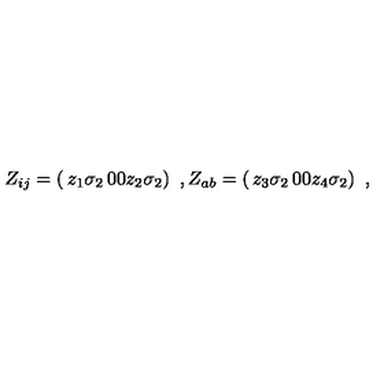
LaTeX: Z _ { i j } = \left( \begin{matrix} { z _ { 1 } \sigma _ { 2 } } & { 0 } \\ { 0 } & { z _ { 2 } \sigma _ { 2 } } \\ \end{matrix} \right) \ , Z _ { a b } = \left( \begin{matrix} { z _ { 3 } \sigma _ { 2 } } & { 0 } \\ { 0 } & { z _ { 4 } \sigma _ { 2 } } \\ \end{matrix} \right) \ ,